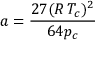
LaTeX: a = { \frac { 2 7 ( R \, T _ { c } ) ^ { 2 } } { 6 4 p _ { c } } }